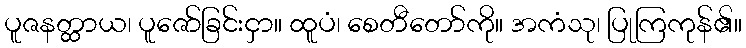
ပူဇနတ္ထာယ၊ ပူဇော်ခြင်းငှာ။ ထူပံ၊ စေတီတော်ကို။ အကံသု၊ ပြုကြကုန်၏။